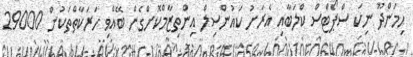
ހިމަންދޫ ނިކަ ސްޕޯޓްސް ކްލަބާއި އެރަށު ކައުންސިލް އިންތިޒާމްކޮށްގެން ބޭއްވި ހަރަކާތްތަކުން 29000